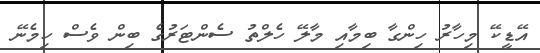
އޭޑީކޭ މިހާރު ހިންގާ ބިމާއި މާލޭ ހެލްތު ސެންޓަރުގެ ބިން ވެސް ހިމެނޭ